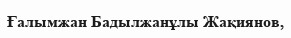
Ғалымжан Бадылжанұлы Жақиянов,